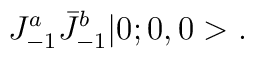
J^a_{-1} \bar{J}^b_{-1} |0;0,0>.